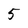
Character: 5